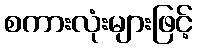
စကားလုံးများဖြင့်